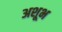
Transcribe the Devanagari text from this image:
अशूभ